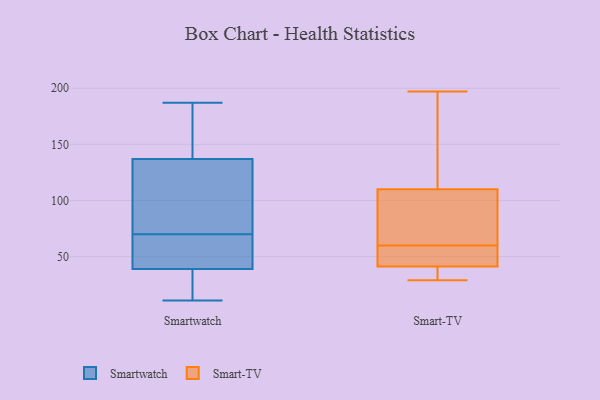
{"axis": {"x": "Backlog", "y": "Value"}, "legend": ["Smart-TV", "Smartwatch"], "data": [{"x": "", "y": 175, "type": "Smartwatch"}, {"x": "", "y": 23, "type": "Smartwatch"}, {"x": "", "y": 62, "type": "Smartwatch"}, {"x": "", "y": 57, "type": "Smartwatch"}, {"x": "", "y": 74, "type": "Smartwatch"}, {"x": "", "y": 115, "type": "Smartwatch"}, {"x": "", "y": 11, "type": "Smartwatch"}, {"x": "", "y": 66, "type": "Smartwatch"}, {"x": "", "y": 162, "type": "Smartwatch"}, {"x": "", "y": 79, "type": "Smartwatch"}, {"x": "", "y": 60, "type": "Smartwatch"}, {"x": "", "y": 94, "type": "Smartwatch"}, {"x": "", "y": 22, "type": "Smartwatch"}, {"x": "", "y": 16, "type": "Smartwatch"}, {"x": "", "y": 53, "type": "Smartwatch"}, {"x": "", "y": 113, "type": "Smartwatch"}, {"x": "", "y": 25, "type": "Smartwatch"}, {"x": "", "y": 187, "type": "Smartwatch"}, {"x": "", "y": 159, "type": "Smartwatch"}, {"x": "", "y": 169, "type": "Smartwatch"}, {"x": "", "y": 60, "type": "Smart-TV"}, {"x": "", "y": 31, "type": "Smart-TV"}, {"x": "", "y": 92, "type": "Smart-TV"}, {"x": "", "y": 172, "type": "Smart-TV"}, {"x": "", "y": 197, "type": "Smart-TV"}, {"x": "", "y": 54, "type": "Smart-TV"}, {"x": "", "y": 37, "type": "Smart-TV"}, {"x": "", "y": 79, "type": "Smart-TV"}, {"x": "", "y": 167, "type": "Smart-TV"}, {"x": "", "y": 49, "type": "Smart-TV"}, {"x": "", "y": 65, "type": "Smart-TV"}, {"x": "", "y": 29, "type": "Smart-TV"}, {"x": "", "y": 41, "type": "Smart-TV"}, {"x": "", "y": 42, "type": "Smart-TV"}, {"x": "", "y": 116, "type": "Smart-TV"}]}